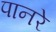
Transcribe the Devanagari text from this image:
पानरे